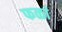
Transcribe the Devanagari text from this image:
फळां